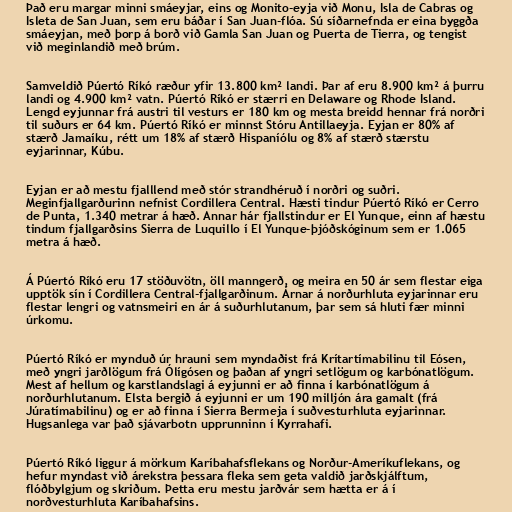
Það eru margar minni smáeyjar, eins og Monito-eyja við Monu, Isla de Cabras og
Isleta de San Juan, sem eru báðar í San Juan-flóa. Sú síðarnefnda er eina byggða
smáeyjan, með þorp á borð við Gamla San Juan og Puerta de Tierra, og tengist
við meginlandið með brúm.

Samveldið Púertó Ríkó ræður yfir 13.800 km² landi. Þar af eru 8.900 km² á þurru
landi og 4.900 km² vatn. Púertó Ríkó er stærri en Delaware og Rhode Island.
Lengd eyjunnar frá austri til vesturs er 180 km og mesta breidd hennar frá norðri
til suðurs er 64 km. Púertó Ríkó er minnst Stóru Antillaeyja. Eyjan er 80% af
stærð Jamaíku, rétt um 18% af stærð Hispaníólu og 8% af stærð stærstu
eyjarinnar, Kúbu.

Eyjan er að mestu fjalllend með stór strandhéruð í norðri og suðri.
Meginfjallgarðurinn nefnist Cordillera Central. Hæsti tindur Púertó Ríkó er Cerro
de Punta, 1.340 metrar á hæð. Annar hár fjallstindur er El Yunque, einn af hæstu
tindum fjallgarðsins Sierra de Luquillo í El Yunque-þjóðskóginum sem er 1.065
metra á hæð.

Á Púertó Ríkó eru 17 stöðuvötn, öll manngerð, og meira en 50 ár sem flestar eiga
upptök sín í Cordillera Central-fjallgarðinum. Árnar á norðurhluta eyjarinnar eru
flestar lengri og vatnsmeiri en ár á suðurhlutanum, þar sem sá hluti fær minni
úrkomu.

Púertó Ríkó er mynduð úr hrauni sem myndaðist frá Krítartímabilinu til Eósen,
með yngri jarðlögum frá Ólígósen og þaðan af yngri setlögum og karbónatlögum.
Mest af hellum og karstlandslagi á eyjunni er að finna í karbónatlögum á
norðurhlutanum. Elsta bergið á eyjunni er um 190 milljón ára gamalt (frá
Júratímabilinu) og er að finna í Sierra Bermeja í suðvesturhluta eyjarinnar.
Hugsanlega var það sjávarbotn upprunninn í Kyrrahafi.

Púertó Ríkó liggur á mörkum Karíbahafsflekans og Norður-Ameríkuflekans, og
hefur myndast við árekstra þessara fleka sem geta valdið jarðskjálftum,
flóðbylgjum og skriðum. Þetta eru mestu jarðvár sem hætta er á í
norðvesturhluta Karíbahafsins.